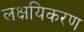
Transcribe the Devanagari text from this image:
लक्षयिकरण